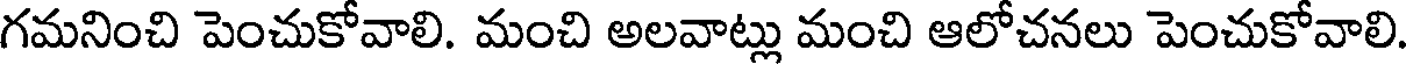
గమనించి పెంచుకోవాలి. మంచి అలవాట్లు మంచి ఆలోచనలు పెంచుకోవాలి.